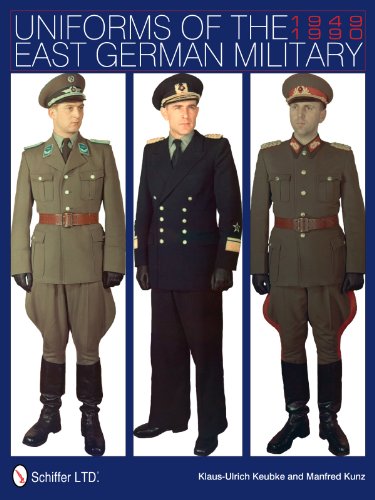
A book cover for Uniforms of the East German Military: 1949-1990; Klaus-Ulrich Keubke; History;